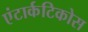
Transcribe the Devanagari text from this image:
एंटार्कटिकोस